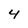
Character: 4